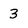
Character: 3